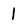
Character: 1